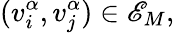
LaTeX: (v_{i}^{\alpha},v_{j}^{\alpha})\in\mathscr{E}_{M},